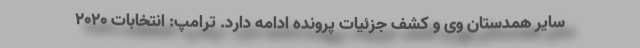
سایر همدستان وی و کشف جزئیات پرونده ادامه دارد. ترامپ: انتخابات ۲۰۲۰